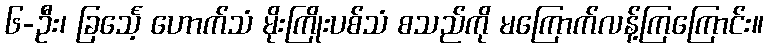
၆-ဦး၊ ခြင်္သေ့ ဟောက်သံ မိုးကြိုးပစ်သံ စသည်ကို မကြောက်လန့်ကြကြောင်း။